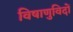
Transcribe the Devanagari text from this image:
विषाणुविदों